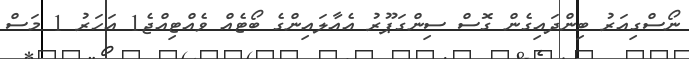
ނޯސްގިއަރު ބިންދައިގެން ގޮސް ސިންގަޕޫރު އެއާލައިންގެ ބޯޓެއް ވެއްޓިއްޖެ1 އަހަރު 1 މަސް